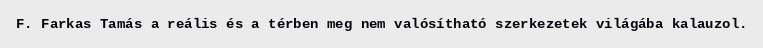
F. Farkas Tamás a reális és a térben meg nem valósítható szerkezetek világába kalauzol.